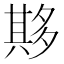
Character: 𫯔